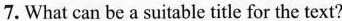
7.What can be a suitable title for the text?